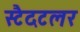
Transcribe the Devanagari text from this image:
स्टैदटलर